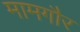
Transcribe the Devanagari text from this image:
मामगौर